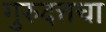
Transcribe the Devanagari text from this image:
गुरुदत्तचा